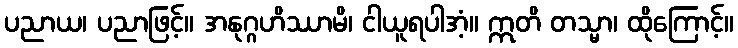
ပညာယ၊ ပညာဖြင့်။ အနုဂ္ဂဟိဿာမိ၊ ငါယူရပါအံ့။ ဣတိ တသ္မာ၊ ထိုကြောင့်။